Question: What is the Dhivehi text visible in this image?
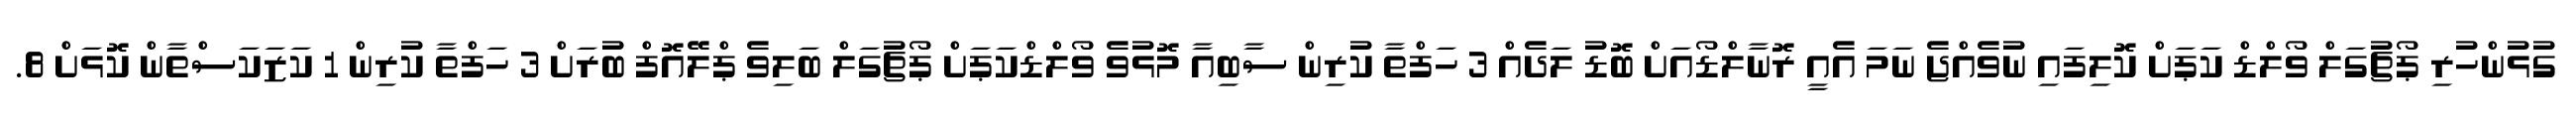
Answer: ގުޅުންހުރި ޕޯޗުގަލް ވޯލްޑް ކަޕަށް ކޮލިފައި ނުވެއްޖެ ނަމަ އެއީ ރޮނާލްޑޯއަށް ބޮޑު ލަދެއް 3 ހަފްތާ ކުރިން ސާބިއާ މޮޅުވެ ވޯލްޑްކަޕަށް ޕޯޗުގަލް ބަލިވެ ޕްލޭއޮފް ބުރަށް 3 ހަފްތާ ކުރިން 1 ކަޒަކަސްތާން ކޮޅަށް 8.